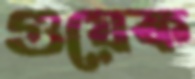
গুয়েক